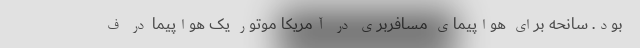
بود. سانحه برای هواپیمای مسافربری در آمریکا موتور یک هواپیما در ف